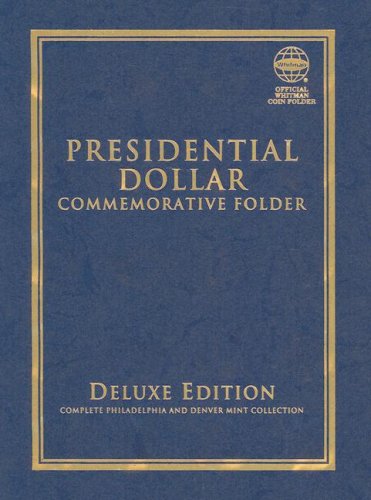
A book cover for Presidential Dollar Commemorative Folder: Complete Philadelphia and Denver Mint Collection (Official Whitman Coin Folder); Whitman Publishing; Crafts, Hobbies & Home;